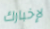
لإخبارك